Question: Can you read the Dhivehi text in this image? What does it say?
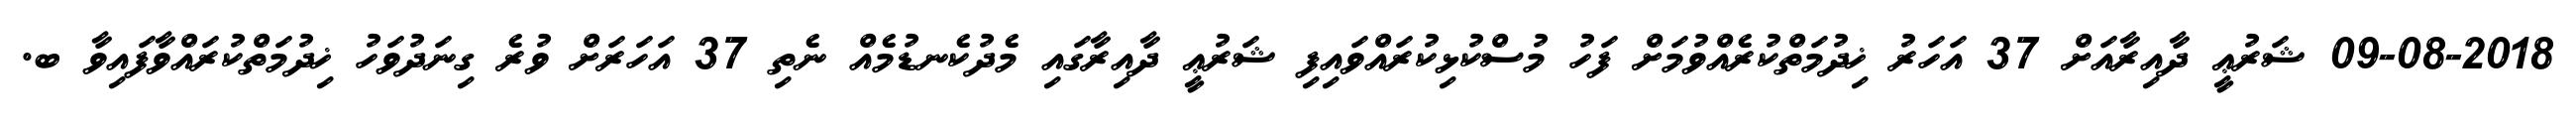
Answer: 09-08-2018 ޝަރުޢީ ދާއިރާއަށް 37 އަހަރު ޚިދުމަތްކުރެއްވުމަށް ފަހު މުސްކުޅިކުރައްވައިފި ޝަރުޢީ ދާއިރާގައި މެދުކެނޑުމެއް ނެތި 37 އަހަރަށް ވުރެ ގިނަދުވަހު ޚިދުމަތްކުރައްވާފައިވާ ބ.